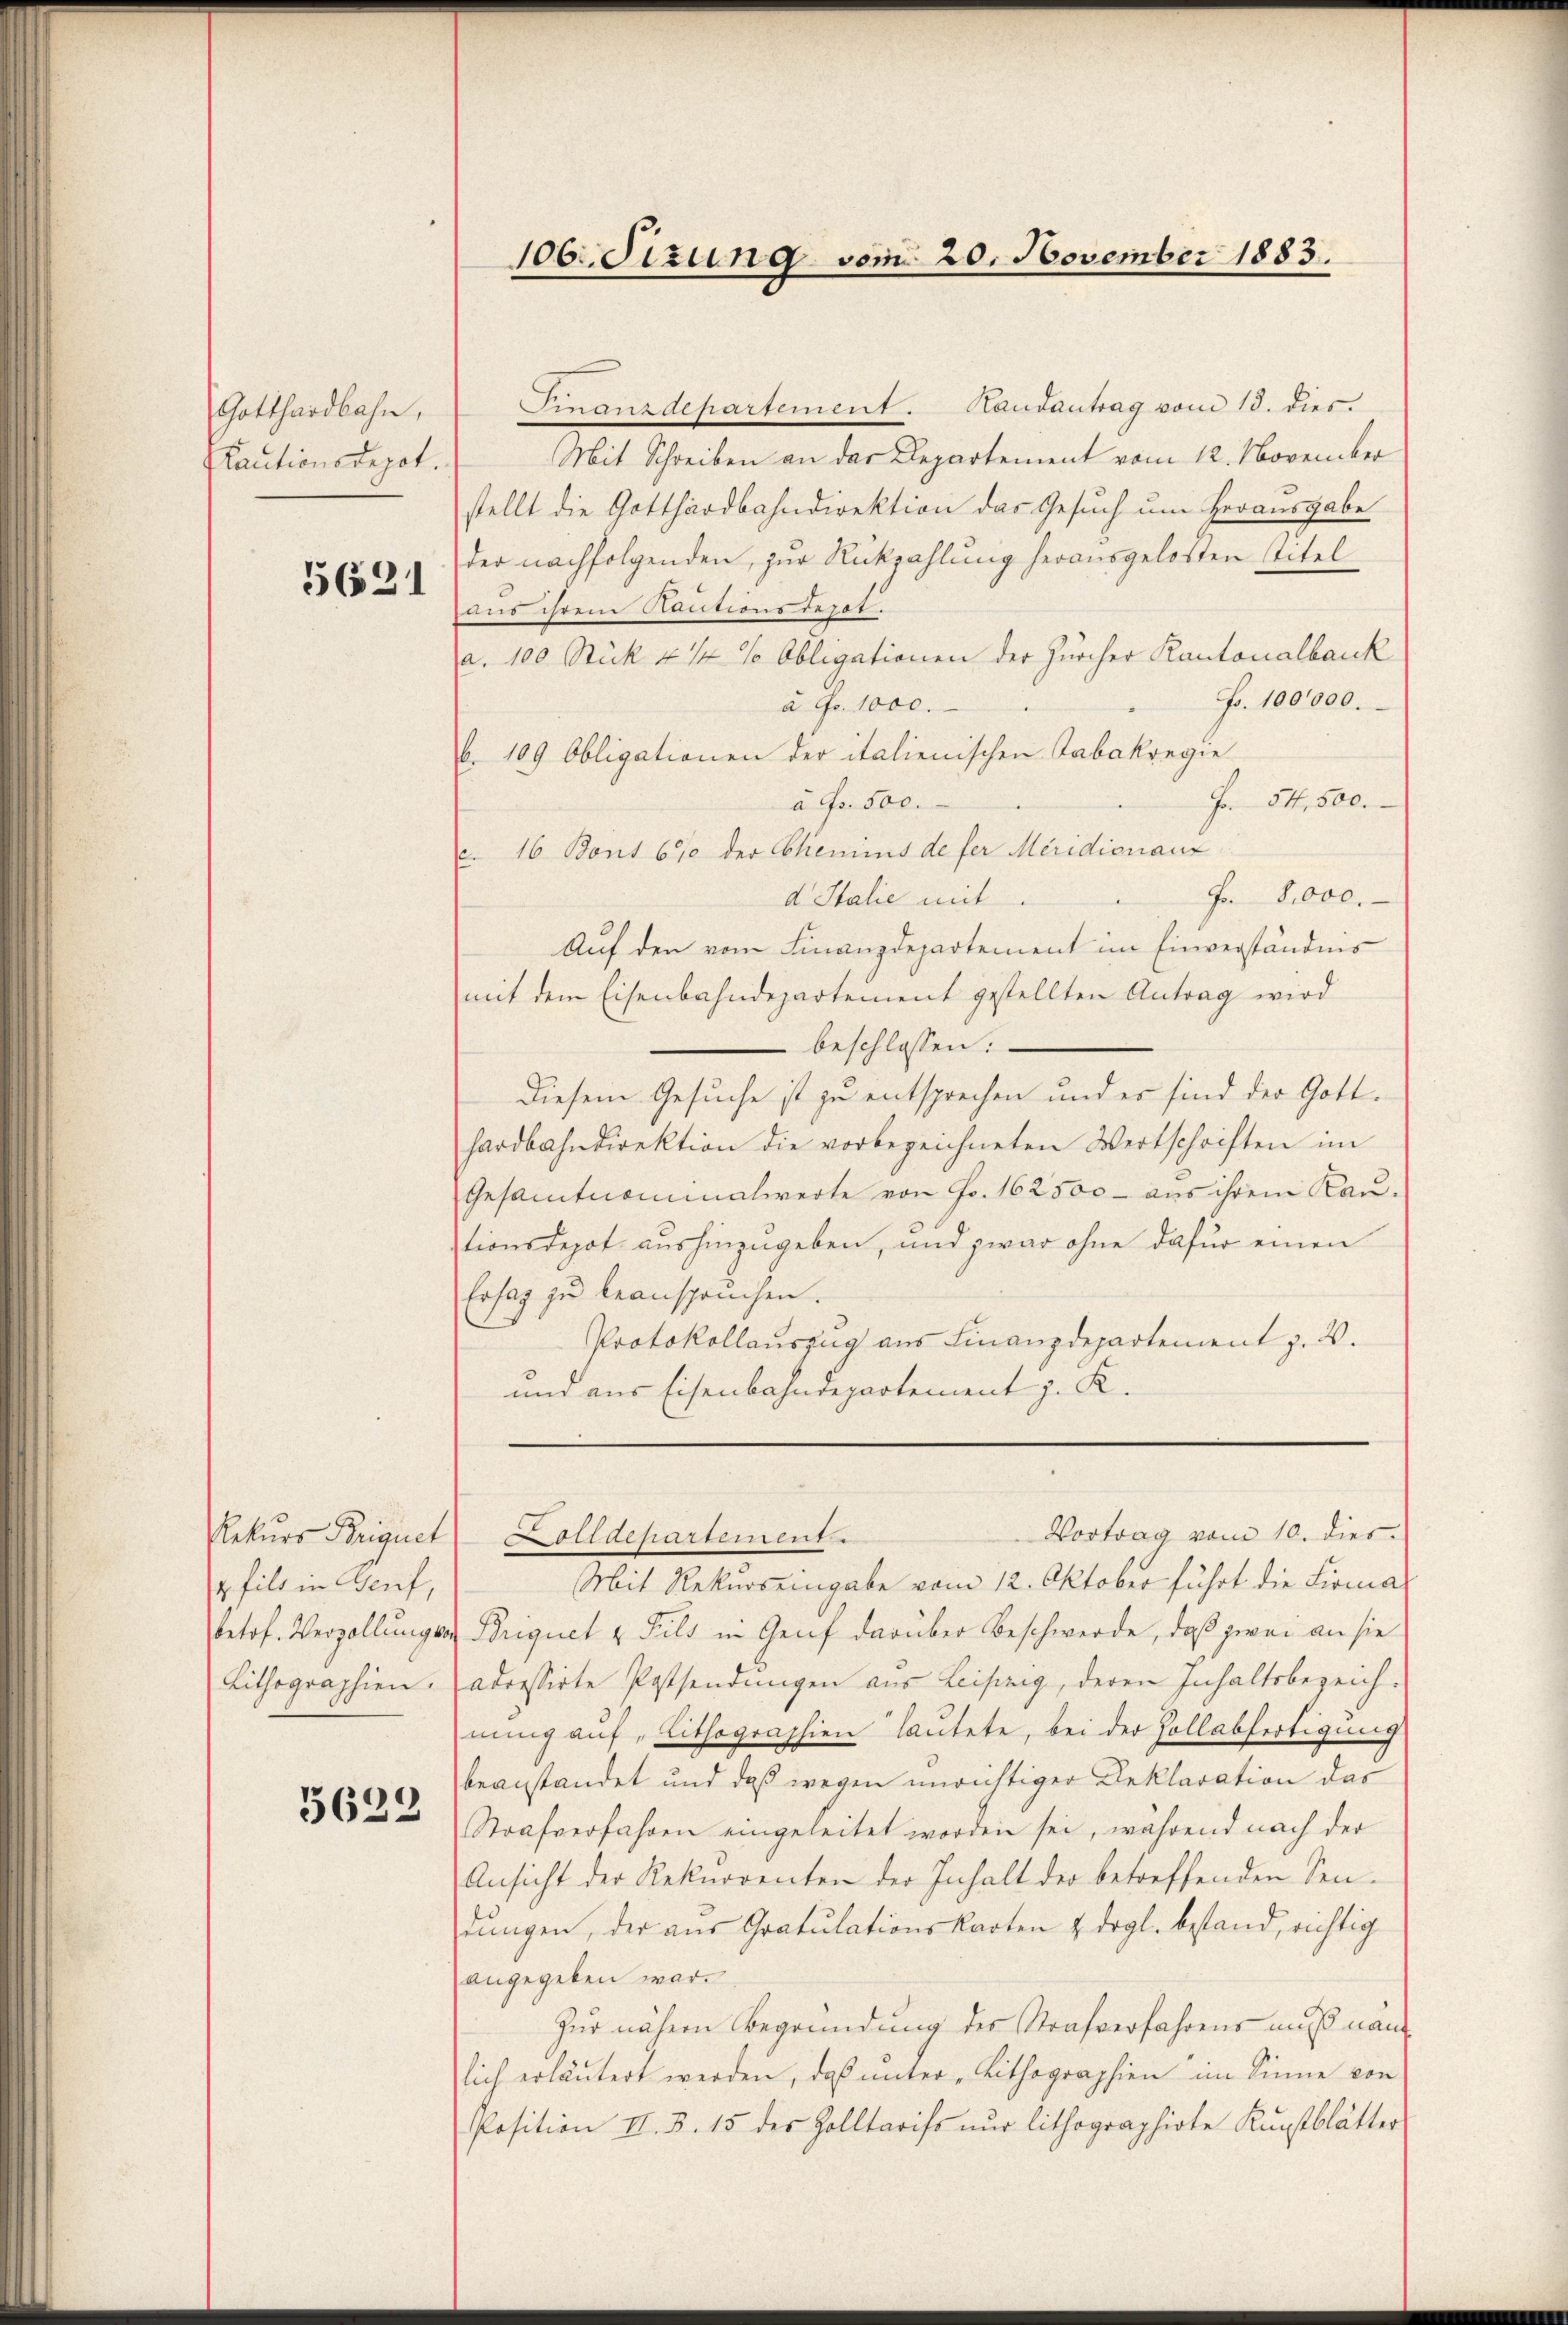
Gotthardbahn,
Kautionsdepot.

5621

4fild in Genf,
Lithographien.

5622

100. Sizung vom 20. November 1883.

Finanzdepartement. Handantrag vom 13. dies.
Mit Schreiben an der Departement vom 12. November
stellt die Gotthardbahndirektion das Gesuch um Herausgabe
der nachfolgenden, zur Rückzahlung herausgelosten Titel
aus ihrem Kautionsdepot.
a. 100 Stück 4 1/4 % Obligationen der Zürcher Kantonalbank
Fr. 100,000.
à Fr. 1000.
b. 109 Obligationen der italienischen Tabakregie
à Fr. 500.
Fr. 54,500.
c. 16 Bont 670 der Chemins de fer Meridionanz
Fr. 8000.
d Italie mit
Auf den vom Finanzdepartement im Einverständnis
mit dem Eisenbahndepartement gestellten Antrag wird
 beschlossen:
diesem Gesuche ist zu entsprechen und es sind der Gotthardbahndirektion die vorbezeichneten Wertschriften im
Gesamtnaminalwerte von Fr. 162500 - aus ihrem Kau-
tionsdepot aushinzugeben, und zwar ohne dafür einen
Ersag zu beanspruchen.
Protokollauszug aus Finanzdepartement z. B.
und aus Eisenbahndepartement z. K.

Vortrag vom 10. dies
Rekurs Briguet Colldepartement

Mit Rekurs eingabe vom 12. Oktober führt die Firmaketof. Verzollungs u. Briquet u Pils in Genf darüber Beschwerde, daß zwei an sie
adressirte Postsendungen aus Leisung, deren Inhaltsbezeichnung auf „Lithographien lautete, bei der Zollabfertigung
beanstandet und daß wegen unrichtiger Reklaration das
Strafverfahren eingeleitet worden sei, während nach der
Ansicht der Rekurrenten der Inhalt der betreffenden Sendungen, der aus Gratulationskarten & drgl. bestand, richtig
angegeben war.
Zur nähern Begründung des Strafverfahrens muß nämlich erläutert werden, daß unter Lithographien im Sinne von
Position II. 3. 15 des Zolltarifs nŭr lithographirte Kŭnstblätter